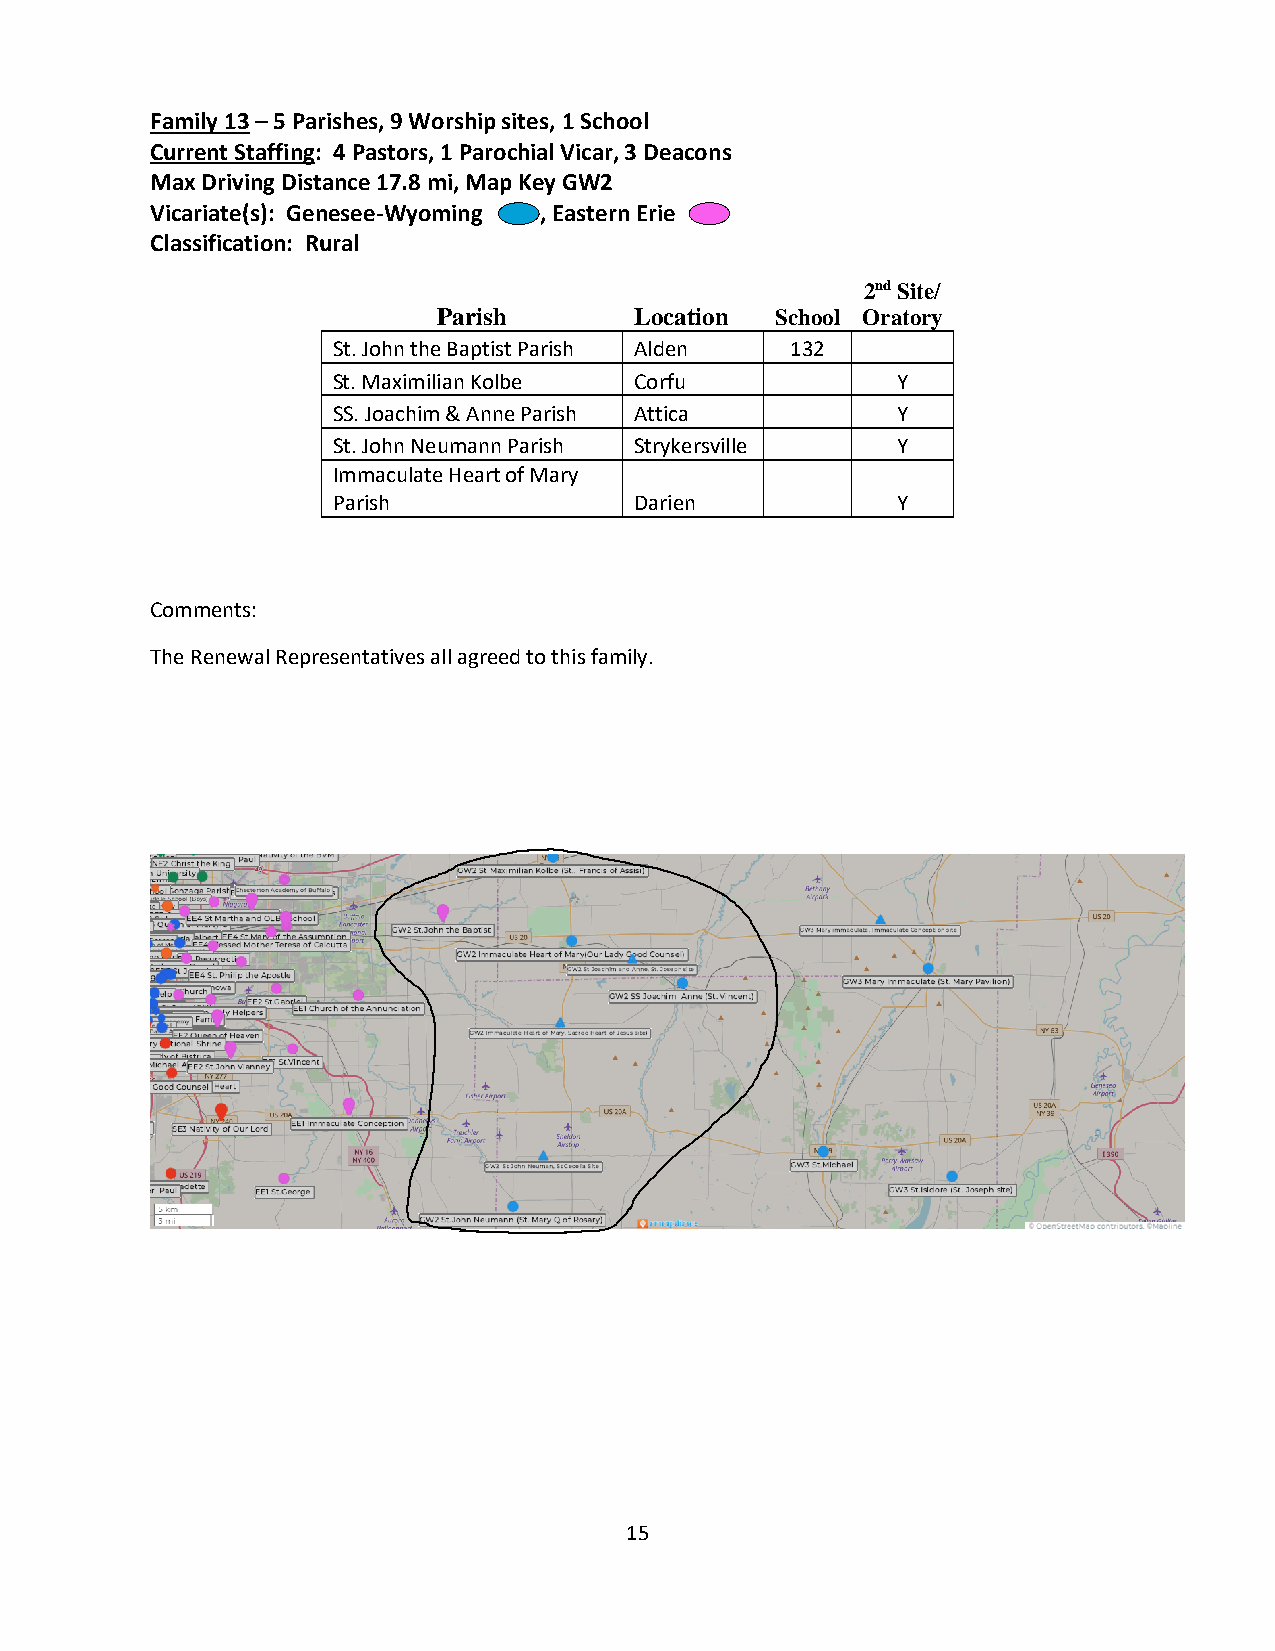
Family 13 – 5 Parishes, 9 Worship sites, 1 School
 Current Staffing: 4 Pastors, 1 Parochial Vicar, 3 Deacons
 Max Driving Distance 17.8 mi, Map Key GW2
 Vicariate(s): Genesee-Wyoming , Eastern Erie
 Classification: Rural
 2nd Site/
 Parish       Location School Oratory
 St. John the Baptist Parish Alden 132
 St. Maximilian Kolbe Corfu           Y
 SS. Joachim & Anne Parish Attica     Y
 St. John Neumann Parish Strykersville Y
 Immaculate Heart of Mary
 Parish              Darien           Y
 Comments:
 The Renewal Representatives all agreed to this family.
 15